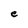
Character: e